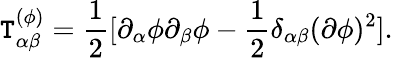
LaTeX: \mathtt{T}_{\alpha\beta}^{(\phi)}={\frac{{1}}{{2}}}[\partial_{\alpha}\phi\partial_{\beta}\phi-{\frac{{1}}{{2}}}\delta_{\alpha\beta}(\partial\phi)^{2}].